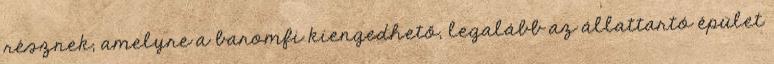
résznek, amelyre a baromfi kiengedhető, legalább az állattartó épület